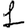
Digit: 1